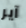
آير